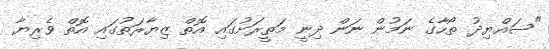
"ސައްޔިދު ތޯހާގެ ނަމުން ނަން ދިނީ މަތީރަށުގައި އޮތް ޒިޔާރަތުގައި އޮތް ވެރިޔާ